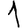
Digit: 1